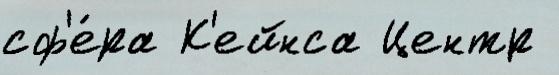
сф'е́ра К'ейнса Центр